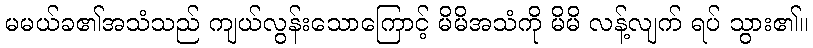
မမယ်ခ၏အသံသည် ကျယ်လွန်းသောကြောင့် မိမိအသံကို မိမိ လန့်လျက် ရပ် သွား၏။